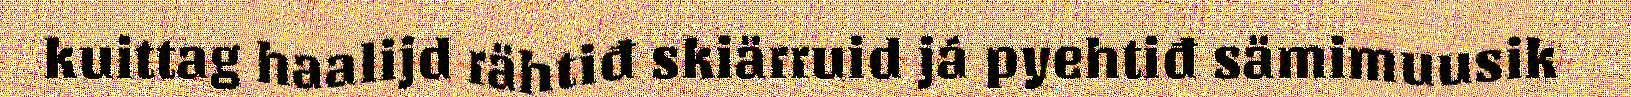
kuittag haalijd rähtiđ skiärruid já pyehtiđ sämimuusik